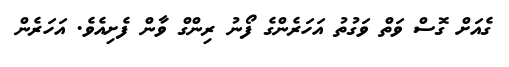
ގެއަށް ގޮސް ވަތް ވަގުތު އަހަރެންގެ ފޯނު ރިންގް ވާން ފެށިއެވެ. އަހަރެން